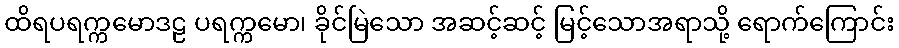
ထိရပရက္ကမောဒဠ ပရက္ကမော၊ ခိုင်မြဲသော အဆင့်ဆင့် မြင့်သောအရာသို့ ရောက်ကြောင်း